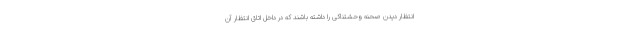
انتظار دیدن صحنه وحشتناکی را داشته باشند که در داخل اتاق انتظار آن